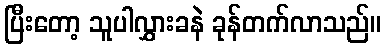
ပြီးတော့ သူပါလွှားခနဲ ခုန်တက်လာသည်။